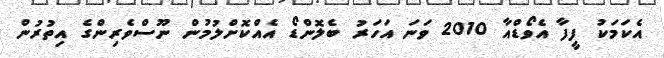
އެކަމަކު ފީފާ އެވޯޑްއާ 2010 ވަނަ އަހަރު ބެލޮންޑޯ އެއްކޮށްލުމުން ނޫސްވެރިންގެ އިތުރުން